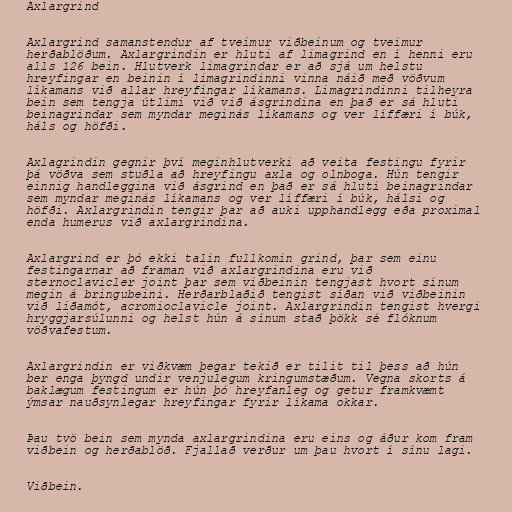
Axlargrind

Axlargrind samanstendur af tveimur viðbeinum og tveimur
herðablöðum. Axlargrindin er hluti af limagrind en í henni eru
alls 126 bein. Hlutverk limagrindar er að sjá um helstu
hreyfingar en beinin í limagrindinni vinna náið með vöðvum
líkamans við allar hreyfingar líkamans. Limagrindinni tilheyra
bein sem tengja útlimi við við ásgrindina en það er sá hluti
beinagrindar sem myndar meginás líkamans og ver líffæri í búk,
háls og höfði.

Axlagrindin gegnir því meginhlutverki að veita festingu fyrir
þá vöðva sem stuðla að hreyfingu axla og olnboga. Hún tengir
einnig handleggina við ásgrind en það er sá hluti beinagrindar
sem myndar meginás líkamans og ver líffæri í búk, hálsi og
höfði. Axlargrindin tengir þar að auki upphandlegg eða proximal
enda humerus við axlargrindina.

Axlargrind er þó ekki talin fullkomin grind, þar sem einu
festingarnar að framan við axlargrindina eru við
sternoclavicler joint þar sem viðbeinin tengjast hvort sínum
megin á bringubeini. Herðarblaðið tengist síðan við viðbeinin
við liðamót, acromioclavicle joint. Axlargrindin tengist hvergi
hryggjarsúlunni og helst hún á sínum stað þökk sé flóknum
vöðvafestum.

Axlargrindin er viðkvæm þegar tekið er tilit til þess að hún
ber enga þyngd undir venjulegum kringumstæðum. Vegna skorts á
baklægum festingum er hún þó hreyfanleg og getur framkvæmt
ýmsar nauðsynlegar hreyfingar fyrir líkama okkar.

Þau tvö bein sem mynda axlargrindina eru eins og áður kom fram
viðbein og herðablöð. Fjallað verður um þau hvort í sínu lagi.

Viðbein.